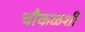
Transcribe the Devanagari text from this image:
चौकळशी